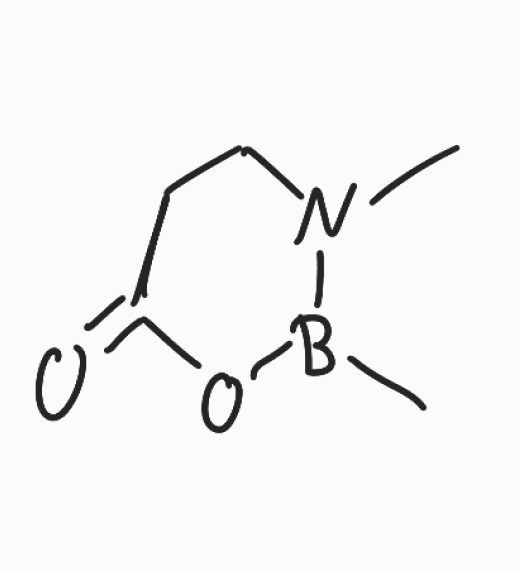
Simplified molecular-input line-entry system (SMILES) notation of the given molecule:
B1(N(CCC(=O)O1)C)C